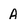
Character: A